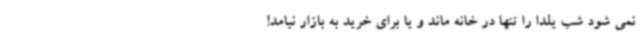
نمی شود شب یلدا را تنها در خانه ماند و یا برای خرید به بازار نیامد!